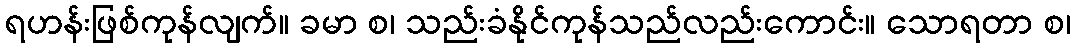
ရဟန်းဖြစ်ကုန်လျက်။ ခမာ စ၊ သည်းခံနိုင်ကုန်သည်လည်းကောင်း။ သောရတာ စ၊